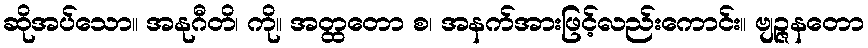
ဆိုအပ်သော။ အနုဂီတိ၊ ကို။ အတ္ထတော စ၊ အနက်အားဖြင့်လည်းကောင်း။ ဗျဉ္ဇနတော